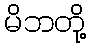
မိဘတို့